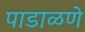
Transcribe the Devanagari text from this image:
पाडाळणे